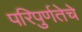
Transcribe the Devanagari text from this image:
परिपुर्णतेचे